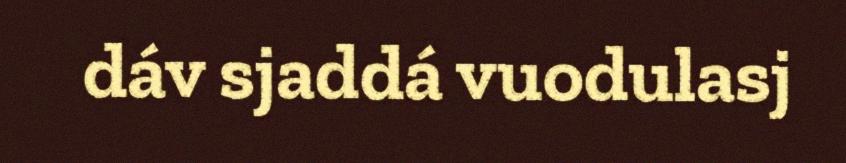
dáv sjaddá vuodulasj